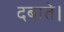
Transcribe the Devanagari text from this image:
दबाते।